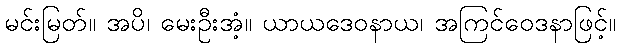
မင်းမြတ်။ အပိ၊ မေးဦးအံ့။ ယာယဒေဝနာယ၊ အကြင်ဝေဒနာဖြင့်။